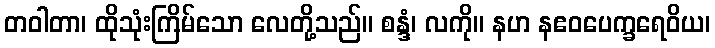
တဝါတာ၊ ထိုသုံးကြိမ်သော လေတို့သည်။ စန္ဒံ၊ လကို။ နဟ နဧဝပေက္ခရေဝိယ၊